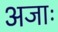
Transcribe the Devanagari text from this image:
अजाः